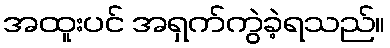
အထူးပင် အရှက်ကွဲခဲ့ရသည်။